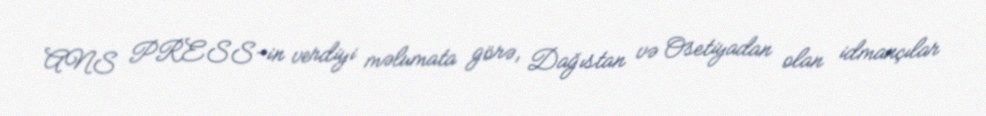
ANS PRESS-in verdiyi məlumata görə, Dağıstan və Osetiyadan olan idmançılar